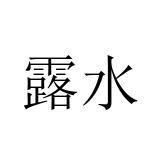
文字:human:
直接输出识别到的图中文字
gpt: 露水